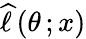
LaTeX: {\widehat{\ell\, }}(\theta\, ;x)